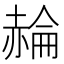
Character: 𧹪